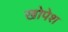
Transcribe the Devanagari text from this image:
खोपेश